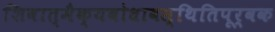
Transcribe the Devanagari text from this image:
शिवात्मैक्यबोधावस्थितिपूर्वक